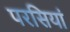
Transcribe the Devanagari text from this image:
परसियां